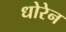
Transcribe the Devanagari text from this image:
धोरेन